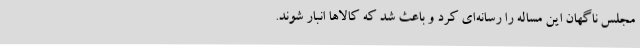
مجلس ناگهان این مساله را رسانه‌ای کرد و باعث شد که کالاها انبار شوند.